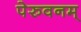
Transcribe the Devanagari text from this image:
पेरुवनम्